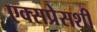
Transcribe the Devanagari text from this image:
एक्सप्रेसशी